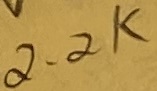
Text: 2.2K